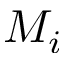
M _ { i }